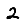
Digit: 2